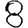
Digit: 8